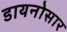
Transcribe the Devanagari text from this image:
डायनोसार